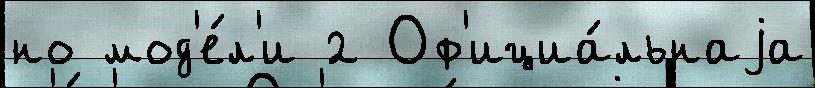
но мод'е́л'и 2 Оф'ициа́льнаjа